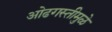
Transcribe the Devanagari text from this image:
ओढगस्तीमुळे